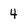
Character: 4